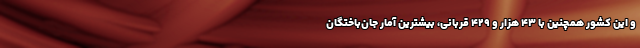
و این کشور همچنین با ۴۳ هزار و ۴۲۹ قربانی، بیشترین آمار جان‌باختگان